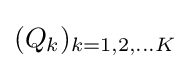
(Q_{k})_{k=1,2,...K}